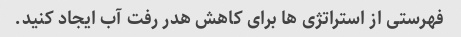
فهرستی از استراتژی ها برای کاهش هدر رفت آب ایجاد کنید.